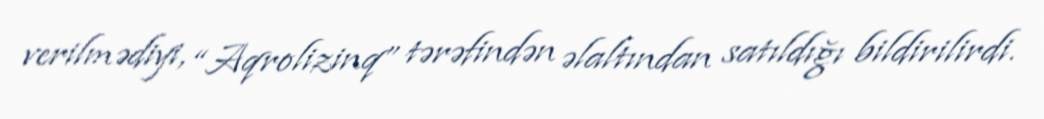
verilmədiyi, “Aqrolizinq” tərəfindən əlaltından satıldığı bildirilirdi.